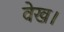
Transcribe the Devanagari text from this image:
वेख।